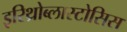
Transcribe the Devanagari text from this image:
इरिथ्रोब्लास्टोसिस